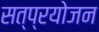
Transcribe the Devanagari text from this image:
सत्प्रयोजन